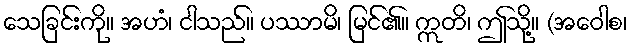
သေခြင်းကို။ အဟံ၊ ငါသည်။ ပဿာမိ၊ မြင်၏။ ဣတိ၊ ဤသို့။ (အဝေါစ၊